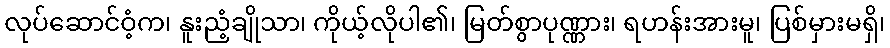
လုပ်ဆောင်ဝံ့က၊ နူးညံ့ချိုသာ၊ ကိုယ့်လိုပါ၏၊ မြတ်စွာပုဏ္ဏား၊ ရဟန်းအားမူ၊ ပြစ်မှားမရှိ၊